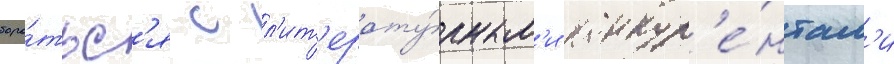
боро́тьс'я с л'ит'ерату́рным'и конкур'е́нтам'и